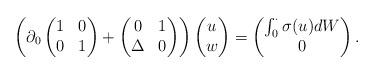
LaTeX: \begin{align*} \left(\partial_0 \begin{pmatrix} 1 & 0 \\ 0 & 1\end{pmatrix} +\begin{pmatrix} 0 & 1\\ \Delta & 0\end{pmatrix}\right)\begin{pmatrix} u \\ w\end{pmatrix}=\begin{pmatrix} \int_0^{\cdot}\sigma(u)dW \\ 0\end{pmatrix}. \end{align*}